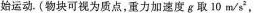
始运动. (物块可视为质点，重力加速度g取10m/s，